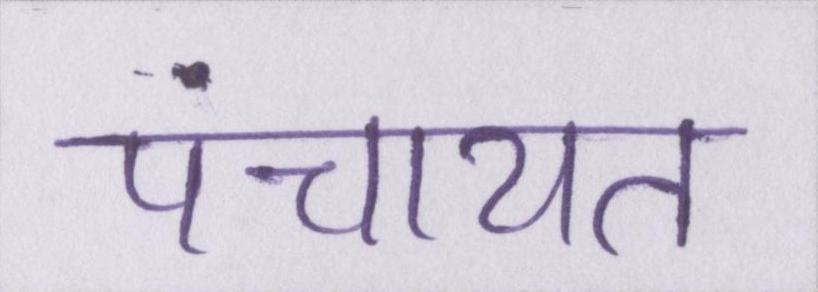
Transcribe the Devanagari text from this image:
पंचायत